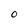
Character: 0